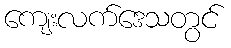
ကျေးလက်ဒေသတွင်